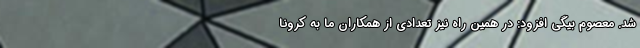
شد. معصوم بیگی افزود: در همین راه نیز تعدادی از همکاران ما به کرونا